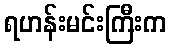
ရဟန်းမင်းကြီးက